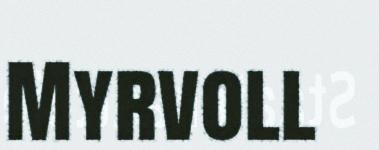
Myrvoll